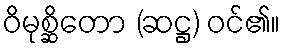
ဝိမုစ္ဆိတော (ဆဋ္ဌ) ဝင်၏။